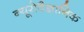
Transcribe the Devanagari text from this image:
न्यूरोवैज्ञानिक